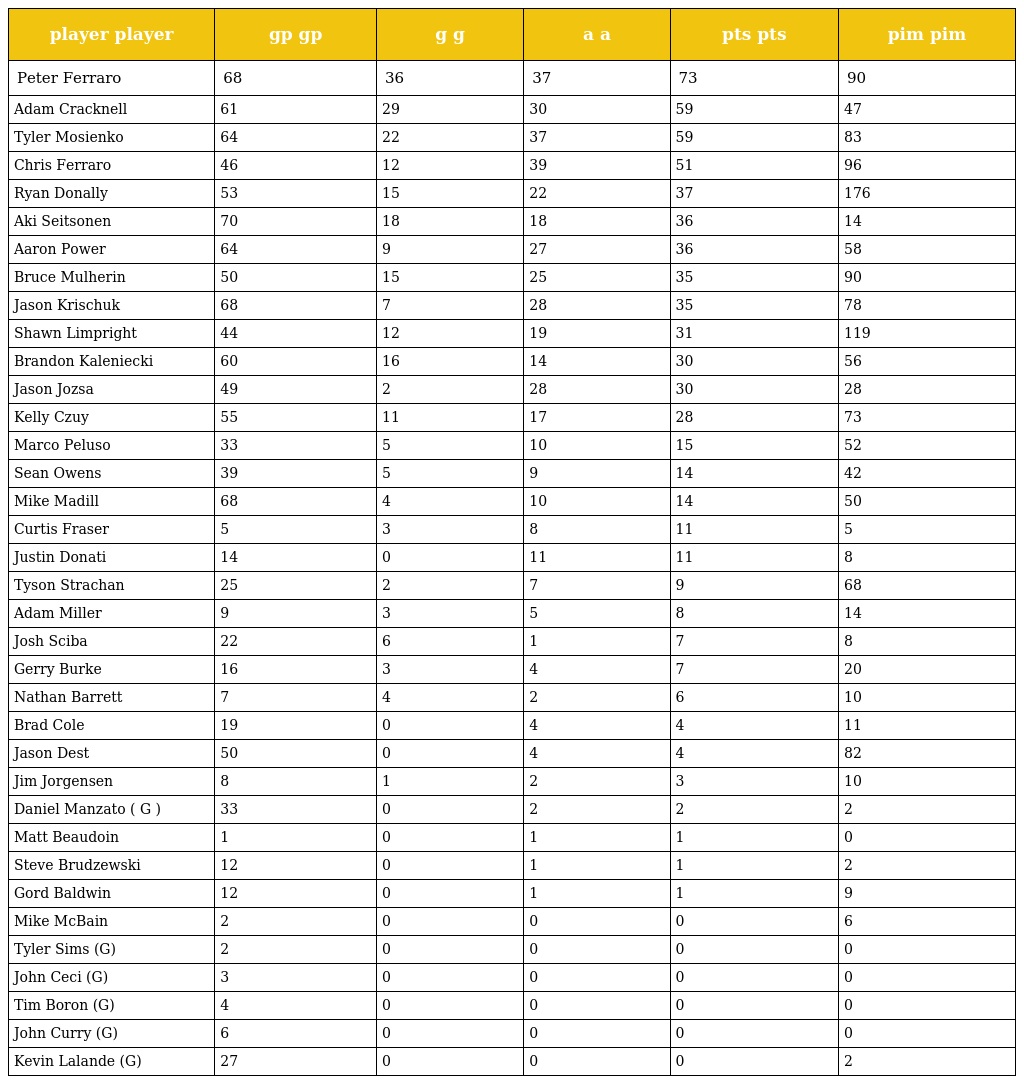
| player player | gp gp | g g | a a | pts pts | pim pim |
 | --- | --- | --- | --- | --- | --- |
 | Peter Ferraro | 68 | 36 | 37 | 73 | 90 |
 | Adam Cracknell | 61 | 29 | 30 | 59 | 47 |
 | Tyler Mosienko | 64 | 22 | 37 | 59 | 83 |
 | Chris Ferraro | 46 | 12 | 39 | 51 | 96 |
 | Ryan Donally | 53 | 15 | 22 | 37 | 176 |
 | Aki Seitsonen | 70 | 18 | 18 | 36 | 14 |
 | Aaron Power | 64 | 9 | 27 | 36 | 58 |
 | Bruce Mulherin | 50 | 15 | 25 | 35 | 90 |
 | Jason Krischuk | 68 | 7 | 28 | 35 | 78 |
 | Shawn Limpright | 44 | 12 | 19 | 31 | 119 |
 | Brandon Kaleniecki | 60 | 16 | 14 | 30 | 56 |
 | Jason Jozsa | 49 | 2 | 28 | 30 | 28 |
 | Kelly Czuy | 55 | 11 | 17 | 28 | 73 |
 | Marco Peluso | 33 | 5 | 10 | 15 | 52 |
 | Sean Owens | 39 | 5 | 9 | 14 | 42 |
 | Mike Madill | 68 | 4 | 10 | 14 | 50 |
 | Curtis Fraser | 5 | 3 | 8 | 11 | 5 |
 | Justin Donati | 14 | 0 | 11 | 11 | 8 |
 | Tyson Strachan | 25 | 2 | 7 | 9 | 68 |
 | Adam Miller | 9 | 3 | 5 | 8 | 14 |
 | Josh Sciba | 22 | 6 | 1 | 7 | 8 |
 | Gerry Burke | 16 | 3 | 4 | 7 | 20 |
 | Nathan Barrett | 7 | 4 | 2 | 6 | 10 |
 | Brad Cole | 19 | 0 | 4 | 4 | 11 |
 | Jason Dest | 50 | 0 | 4 | 4 | 82 |
 | Jim Jorgensen | 8 | 1 | 2 | 3 | 10 |
 | Daniel Manzato ( G ) | 33 | 0 | 2 | 2 | 2 |
 | Matt Beaudoin | 1 | 0 | 1 | 1 | 0 |
 | Steve Brudzewski | 12 | 0 | 1 | 1 | 2 |
 | Gord Baldwin | 12 | 0 | 1 | 1 | 9 |
 | Mike McBain | 2 | 0 | 0 | 0 | 6 |
 | Tyler Sims (G) | 2 | 0 | 0 | 0 | 0 |
 | John Ceci (G) | 3 | 0 | 0 | 0 | 0 |
 | Tim Boron (G) | 4 | 0 | 0 | 0 | 0 |
 | John Curry (G) | 6 | 0 | 0 | 0 | 0 |
 | Kevin Lalande (G) | 27 | 0 | 0 | 0 | 2 |